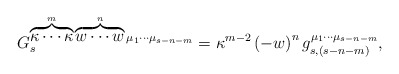
\begin{align*}G_{s}^{\overbrace{\kappa \cdots \kappa }^{m}\overbrace{w\cdots w}^{n}\mu_{1}\cdots \mu _{s-n-m}}=\kappa ^{m-2}\left( -w\right)^{n}g_{s,(s-n-m)}^{\mu _{1}\cdots \mu _{s-n-m}},\end{align*}